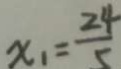
x _ { 1 } = \frac { 2 4 } { 5 }